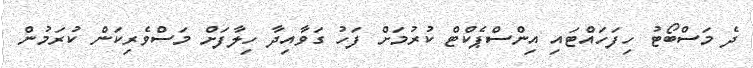
ދެ މަސްބޯޓު ހިފަހައްޓައި އިންސްޕެކްޓް ކުރުމަށް ފަހު ގަވާއިދާ ހިލާފަށް މަސްވެރިކަން ކުރަމުން